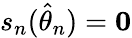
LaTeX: s_{n}({\hat{\theta}}_{n})=\mathbf{0}